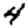
Digit: 4